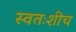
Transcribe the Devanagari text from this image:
स्वतःशीच